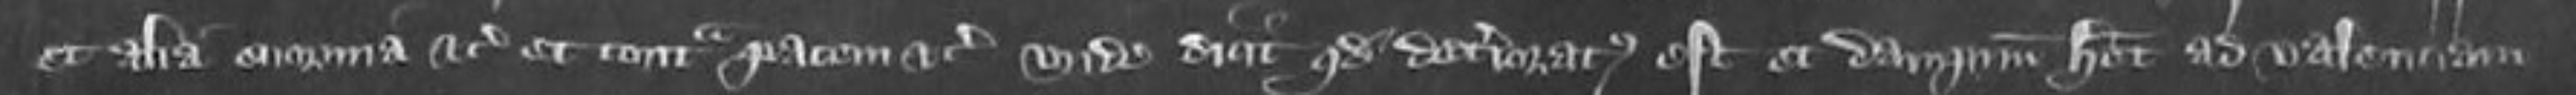
et alia enormia etc et contra pacem etc unde dicit quod deterioratus est et dampnum habet ad valenciam